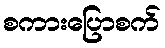
စကားပြောစက်